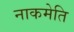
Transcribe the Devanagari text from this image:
नाकमेति